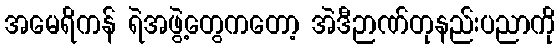
အမေရိကန် ရဲအဖွဲ့တွေကတော့ အဲဒီဉာဏ်တုနည်းပညာကို